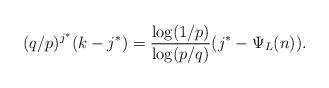
LaTeX: \begin{align*}(q/p)^{j^*} (k - j^*) = \frac{\log (1/p)}{\log(p/q)} (j^* - \Psi_L(n)).\end{align*}